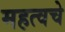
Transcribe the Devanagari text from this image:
महत्वचे